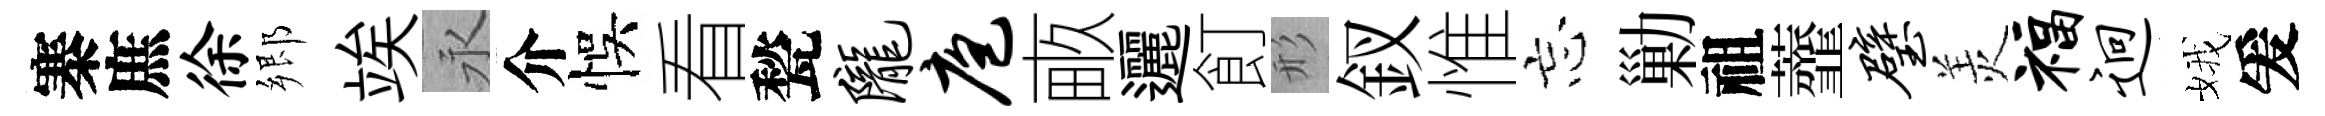
寨庶徐郷竢永介悞看甃陇庖畞邐飣形釵惟忘勦祖虀璧羙福迥娥爰